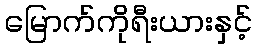
မြောက်ကိုရီးယားနှင့်